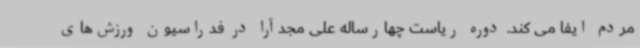
مردم ایفا می کند. دوره ریاست چهارساله علی مجدآرا در فدراسیون ورزش‌های